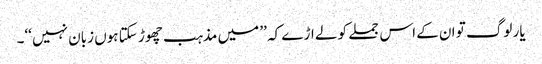
یار لوگ تو ان کے اس جملے کو لے اڑے کہ ’’ میں مذہب چھوڑ سکتا ہوں زبان نہیں ‘‘۔